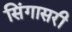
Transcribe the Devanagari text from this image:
सिंगासरी